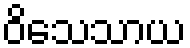
ဝိသေသာယ